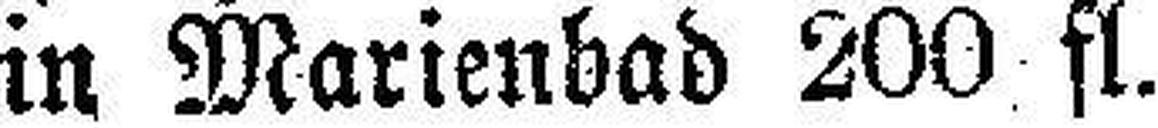
in Marienbad 200 fl.